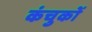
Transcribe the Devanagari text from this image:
कंचुकों